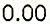
0.00